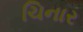
ચિનાર